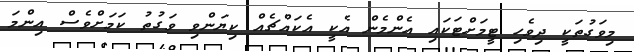
މިވަގުތަކީ ދިވެހި ޓީމަށްޓަކައި އެންމެން އެކީ އެކައްޗެއް ކިޔަންވި ވަގުތު ކަމަށްވެސް އިންމަ